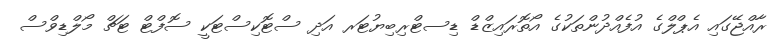
ރާއްޖޭގައި އެޕްލްގެ އުފެއްދުންތަކުގެ އޯތޮރައިޒްޑް ޑިސޓްރިބިޔުޓަރ އަދި ސްޓޮކިސްޓަކީ ސޮފްޓް ޓަޗް މޯލްޑިވްސް